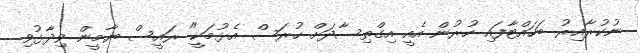
ނުކުރާއިރު ބަހައްޓާފައި ހުރުން އެއީ އިގްތިސާދަށް ހުރަސް އެޅުމަކީ" ރައީސް ޔާމީން ވިދާޅުވި